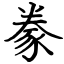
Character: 豢